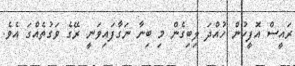
ރައީސް އޮފީހުން ހުއްދަ ލިބިގެން މި ބިނާ ނަގާފައިވަނީ ރޭގެ ވަގުތެއްގަ އެވެ.